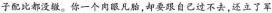
子配比都没辙。你一个肉眼凡胎， 却要跟自已过不去,还立了军